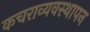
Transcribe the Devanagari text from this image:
कचराव्यवस्थापन